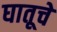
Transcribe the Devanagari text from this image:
घातूचे